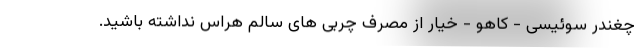
چغندر سوئیسی - کاهو - خیار از مصرف چربی های سالم هراس نداشته باشید.